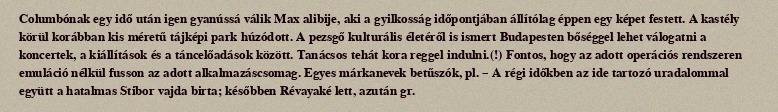
Columbónak egy idő után igen gyanússá válik Max alibije, aki a gyilkosság időpontjában állítólag éppen egy képet festett. A kastély körül korábban kis méretű tájképi park húzódott. A pezsgő kulturális életéről is ismert Budapesten bőséggel lehet válogatni a koncertek, a kiállítások és a táncelőadások között. Tanácsos tehát kora reggel indulni.(!) Fontos, hogy az adott operációs rendszeren emuláció nélkül fusson az adott alkalmazáscsomag. Egyes márkanevek betűszók, pl. – A régi időkben az ide tartozó uradalommal együtt a hatalmas Stibor vajda birta; későbben Révayaké lett, azután gr.